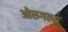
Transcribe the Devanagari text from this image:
ओरुगल्सु